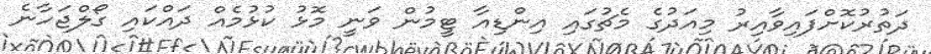
ދަތުރުކޮށްފައިވާއިރު މިއަދުގެ މެޗުގައި އިންޑިއާ ޓީމުން ވަނީ މޮޅު ކުޅުމެއް ދައްކައި ގޯލްޖަހާނެ